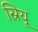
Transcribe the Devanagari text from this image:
स्रियू